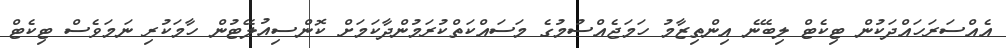
އެއްސަރަހައްދަކުން ޓިކެޓް ލިބޭނެ އިންތިޒާމު ހަމަޖެއްސުމުގެ މަސައްކަތްކުރަމުންދާކަމަށް ކޮންސިއުލޭޓުން ހާމަކުރި ނަމަވެސް ޓިކެޓް